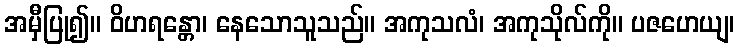
အမှီပြု၍။ ဝိဟရန္တော၊ နေသောသူသည်။ အကုသလံ၊ အကုသိုလ်ကို။ ပဇဟေယျ၊